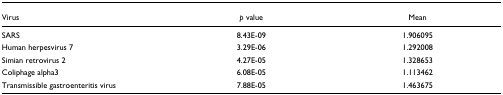
| Virus | p value | Mean |
 | --- | --- | --- |
 | SARS | 8.43E-09 | 1.906095 |
 | Human herpesvirus 7 | 3.29E-06 | 1.292008 |
 | Simian retrovirus 2 | 4.27E-05 | 1.328653 |
 | Coliphage alpha3 | 6.08E-05 | 1.113462 |
 | Transmissible gastroenteritis virus | 7.88E-05 | 1.463675 |